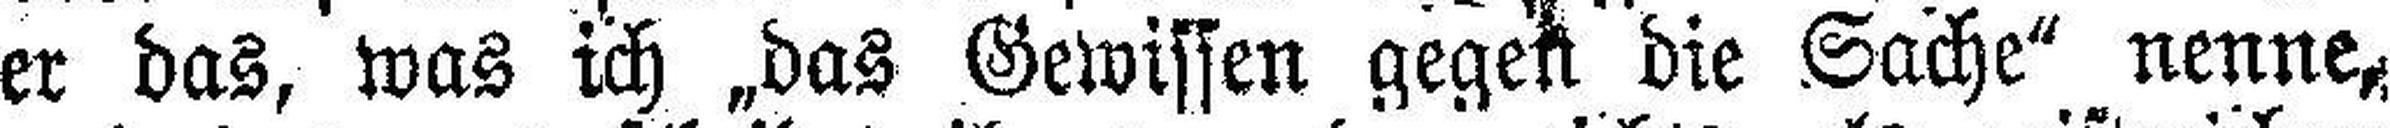
er das, was ich „das Gewissen gegen die Sache“ nenne,